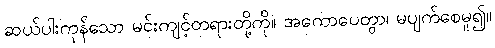
ဆယ်ပါးကုန်သော မင်းကျင့်တရားတို့ကို။ အကောပေတွာ၊ မပျက်စေမူ၍။